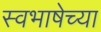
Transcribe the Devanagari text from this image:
स्वभाषेच्या